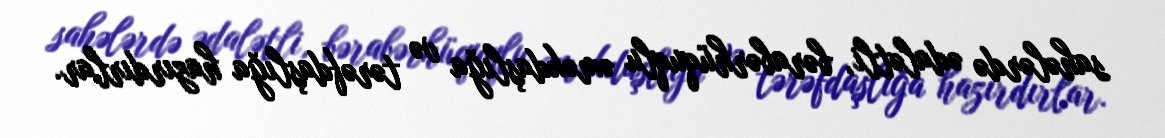
sahələrdə ədalətli, bərabərhüquqlu əməkdaşlığa və tərəfdaşlığa hazırdırlar.